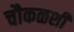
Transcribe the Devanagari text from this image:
चौकळशी